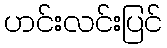
ဟင်းလင်းပြင်